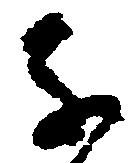
子